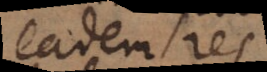
eadem res